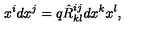
x ^ { i } d x ^ { j } = q \hat { R } _ { k l } ^ { i j } d x ^ { k } x ^ { l } ,